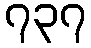
၇၃၇